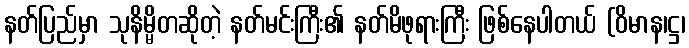
နတ်ပြည်မှာ သုနိမ္မိတဆိုတဲ့ နတ်မင်းကြီး၏ နတ်မိဖုရားကြီး ဖြစ်နေပါတယ် (ဝိမာန၊ဋ္ဌ၊